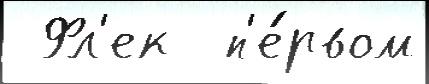
 Фл'ек  п'е́рвом